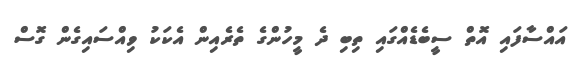
އައްސާފައި އޮތް ސީބެޑެއްގައި ތިބި ދެ މީހުންގެ ތެރެއިން އެކަކު ވިއްސައިގެން ގޮސް